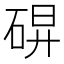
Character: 𰧀